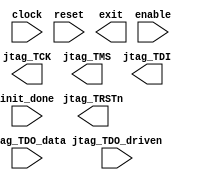
// See LICENSE.SiFive for license details.
//VCS coverage exclude_file
`ifdef SIM_USE_DPIC
import "DPI-C" function int jtag_tick
(
 output bit jtag_TCK,
 output bit jtag_TMS,
 output bit jtag_TDI,
 output bit jtag_TRSTn,
 input bit  jtag_TDO
);
`endif

module SimJTAG #(
                 parameter TICK_DELAY = 50
                 )(

                   input         clock,
                   input         reset,

                   input         enable,
                   input         init_done,

                   output        jtag_TCK,
                   output        jtag_TMS,
                   output        jtag_TDI,
                   output        jtag_TRSTn,

                   input         jtag_TDO_data,
                   input         jtag_TDO_driven,

                   output [31:0] exit
                   );

`ifdef SIM_USE_DPIC
   reg [31:0]                    tickCounterReg;
   wire [31:0]                   tickCounterNxt;

   assign tickCounterNxt = (tickCounterReg == 0) ? TICK_DELAY :  (tickCounterReg - 1);

   bit          r_reset;

   wire [31:0]  random_bits = $random;

   wire         #0.1 __jtag_TDO = jtag_TDO_driven ?
                jtag_TDO_data : random_bits[0];

   bit          __jtag_TCK;
   bit          __jtag_TMS;
   bit          __jtag_TDI;
   bit          __jtag_TRSTn;
   int          __exit;

   reg          init_done_sticky;

   assign #0.1 jtag_TCK   = __jtag_TCK;
   assign #0.1 jtag_TMS   = __jtag_TMS;
   assign #0.1 jtag_TDI   = __jtag_TDI;
   assign #0.1 jtag_TRSTn = __jtag_TRSTn;

   assign #0.1 exit = __exit;

   always @(posedge clock) begin
      r_reset <= reset;
      if (reset || r_reset) begin
         __exit = 0;
         tickCounterReg <= TICK_DELAY;
         init_done_sticky <= 1'b0;
         __jtag_TCK = !__jtag_TCK;
      end else begin
         init_done_sticky <= init_done | init_done_sticky;
         if (enable && init_done_sticky) begin
            tickCounterReg <= tickCounterNxt;
            if (tickCounterReg == 0) begin
               __exit = jtag_tick(
                                  __jtag_TCK,
                                  __jtag_TMS,
                                  __jtag_TDI,
                                  __jtag_TRSTn,
                                  __jtag_TDO);
            end
         end // if (enable && init_done_sticky)
      end // else: !if(reset || r_reset)
   end // always @ (posedge clock)
`endif // SIM_USE_DPIC

endmodule